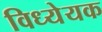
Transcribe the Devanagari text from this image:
विध्येयक